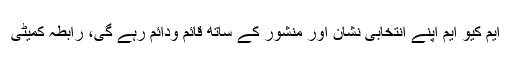
ایم کیو ایم اپنے انتخابی نشان اور منشور کے ساتھ قائم ودائم رہے گی، رابطہ کمیٹی